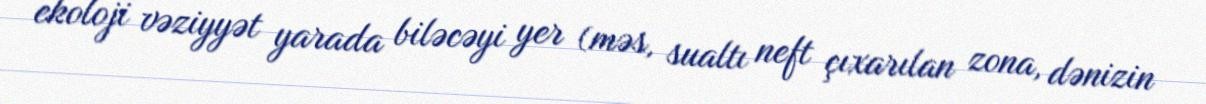
ekoloji vəziyyət yarada biləcəyi yer (məs, sualtı neft çıxarılan zona, dənizin